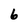
Character: 6